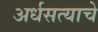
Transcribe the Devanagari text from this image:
अर्धसत्याचे